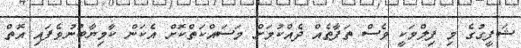
ޝަފީގުގެ މި ފިލްމަކީ ވެސް ތަފާތެއް ދެއްކުމަށް މަސައްކަތްކޮށް އެކަން ކާމިޔާބުނުވެފައި އޮތް